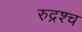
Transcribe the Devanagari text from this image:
रुद्रश्च